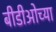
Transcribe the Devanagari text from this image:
बीडीओच्या